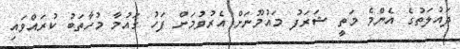
ދައުލަތުގެ އެންމެ މަތީ ޝަރަފު މައުމޫނަށް އެރުވުމަށް ފަހު ގައުމާ މުހާތަބު ކުރައްވައި